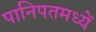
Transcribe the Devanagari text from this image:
पानिपतमध्यें